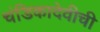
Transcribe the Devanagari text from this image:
चंडिकादेवीची